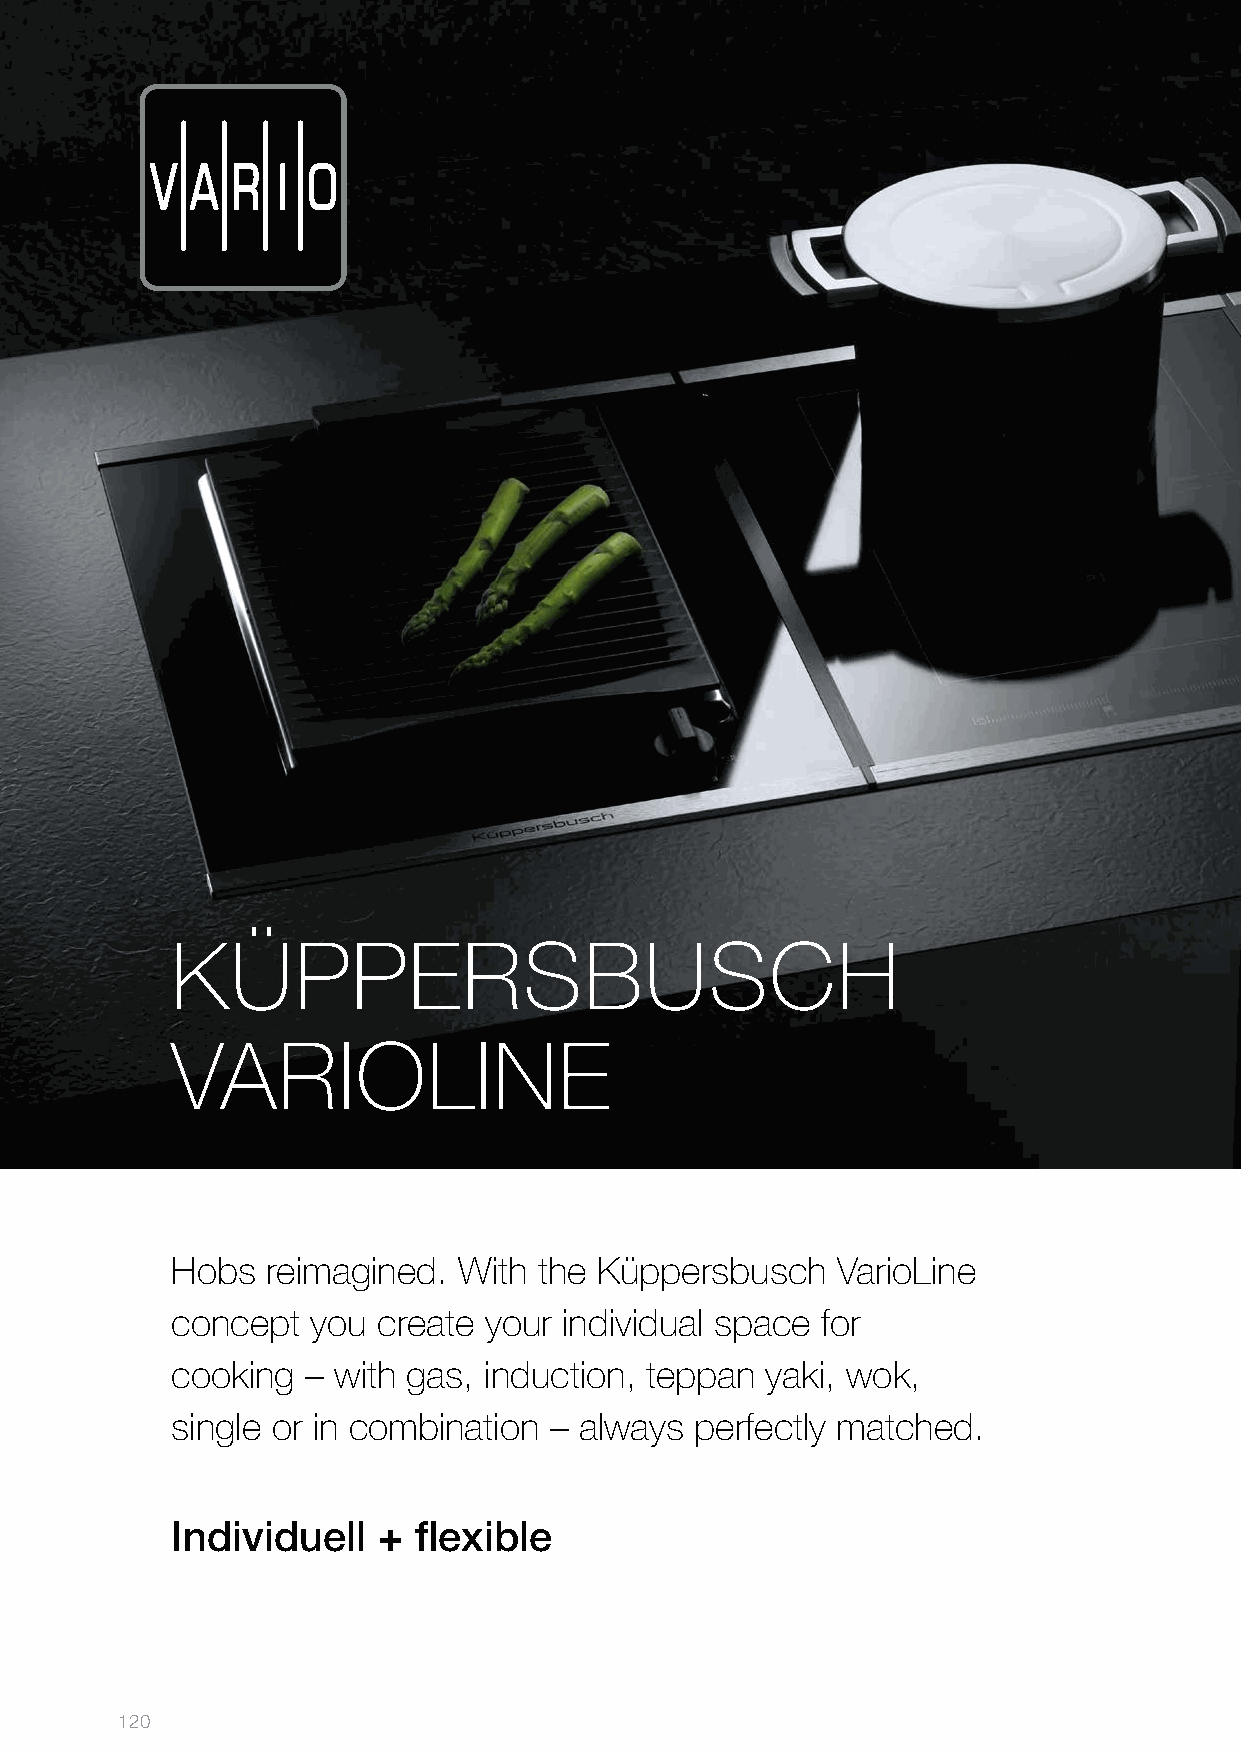
KÜPPERSBUSCH
 VARIOLINE
 Hobs   reimagined. With  the Küppersbusch   VarioLine
 concept   you create your individual space for
 cooking  – with gas, induction, teppan  yaki, wok,
 single or in combination – always  perfectly matched.
 Individuell   + flexible
 120